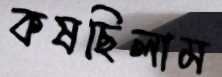
কষছিলাম